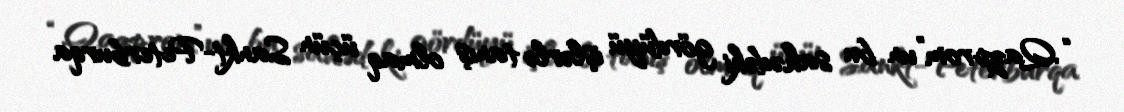
“Qazprom”un bu sahədəki gördüyü işlərlə tanış olmaq üçün Sankt-Peterburqa